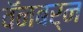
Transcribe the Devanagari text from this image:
वॅनबर्न